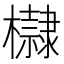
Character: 𣟌